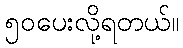
၅၀ပေးလို့ရတယ်။